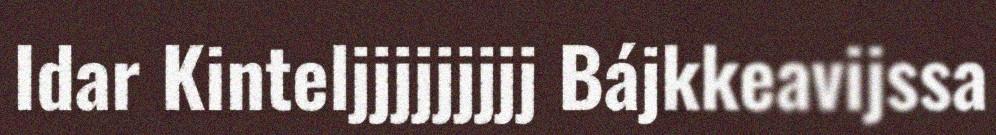
Idar Kinteljjjjjjjjj Bájkkeavijssa